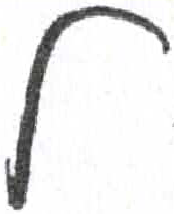
אות: ל